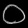
Digit: ၀